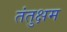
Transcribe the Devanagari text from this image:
तंतुक्षम